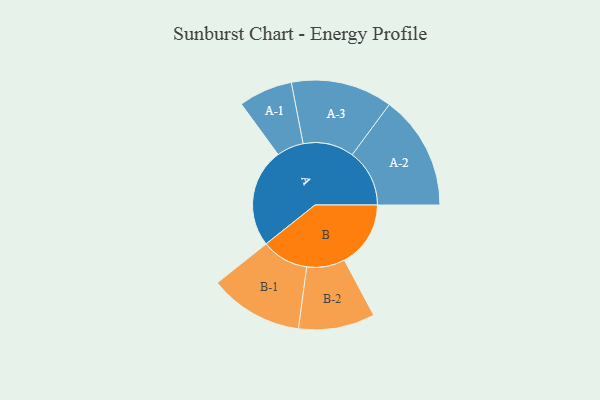
{"axis": {"x": "Segment", "y": "Value"}, "legend": ["", "A", "B"], "data": [{"x": "A", "y": 440, "type": ""}, {"x": "B", "y": 295, "type": ""}, {"x": "A-1", "y": 120, "type": "A"}, {"x": "A-2", "y": 255, "type": "A"}, {"x": "A-3", "y": 226, "type": "A"}, {"x": "B-1", "y": 209, "type": "B"}, {"x": "B-2", "y": 170, "type": "B"}]}